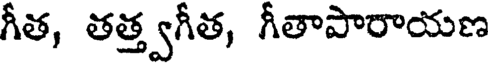
గీత, తత్త్వగీత, గీతాపారాయణ